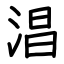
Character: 淐